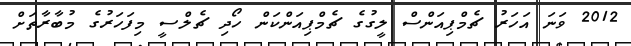
2012 ވަނަ އަހަރު ޗެމްޕިއަންސް ލީގުގެ ޗެމްޕިއަންކަން ހޯދި ޗެލްސީ މިފަހަރުގެ މުބާރާތަށް